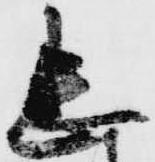
忠